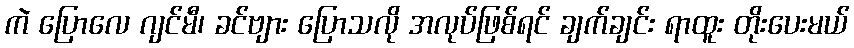
ကဲ ပြောလေ ဂျင်မီ၊ ခင်ဗျား ပြောသလို အလုပ်ဖြစ်ရင် ချက်ချင်း ရာထူး တိုးပေးမယ်